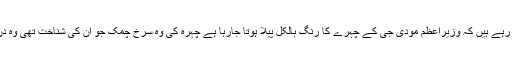
ہم چار دن سے مسلسل دیکھ رہے ہیں کہ وزیراعظم مودی جی کے چہرے کا رنگ بالکل پیلا ہوتا جارہا ہے چہرہ کی وہ سرخ چمک جو اُن کی شناخت تھی وہ دن بدن ہلکی ہوتی جارہی ہے۔